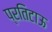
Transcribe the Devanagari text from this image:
प्रतिटाऊ